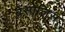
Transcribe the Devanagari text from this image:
ब्रेसोलिस